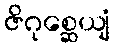
ဇိဂုစ္ဆေယျံ